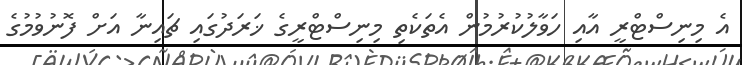
އެ މިނިސްޓްރީ އާއި ހަވާލުކުރުމުން އެތަކެތި މިނިސްޓްރީގެ ޚަރަދުގައި ޗައިނާ އަށް ފޮނުވުމުގެ